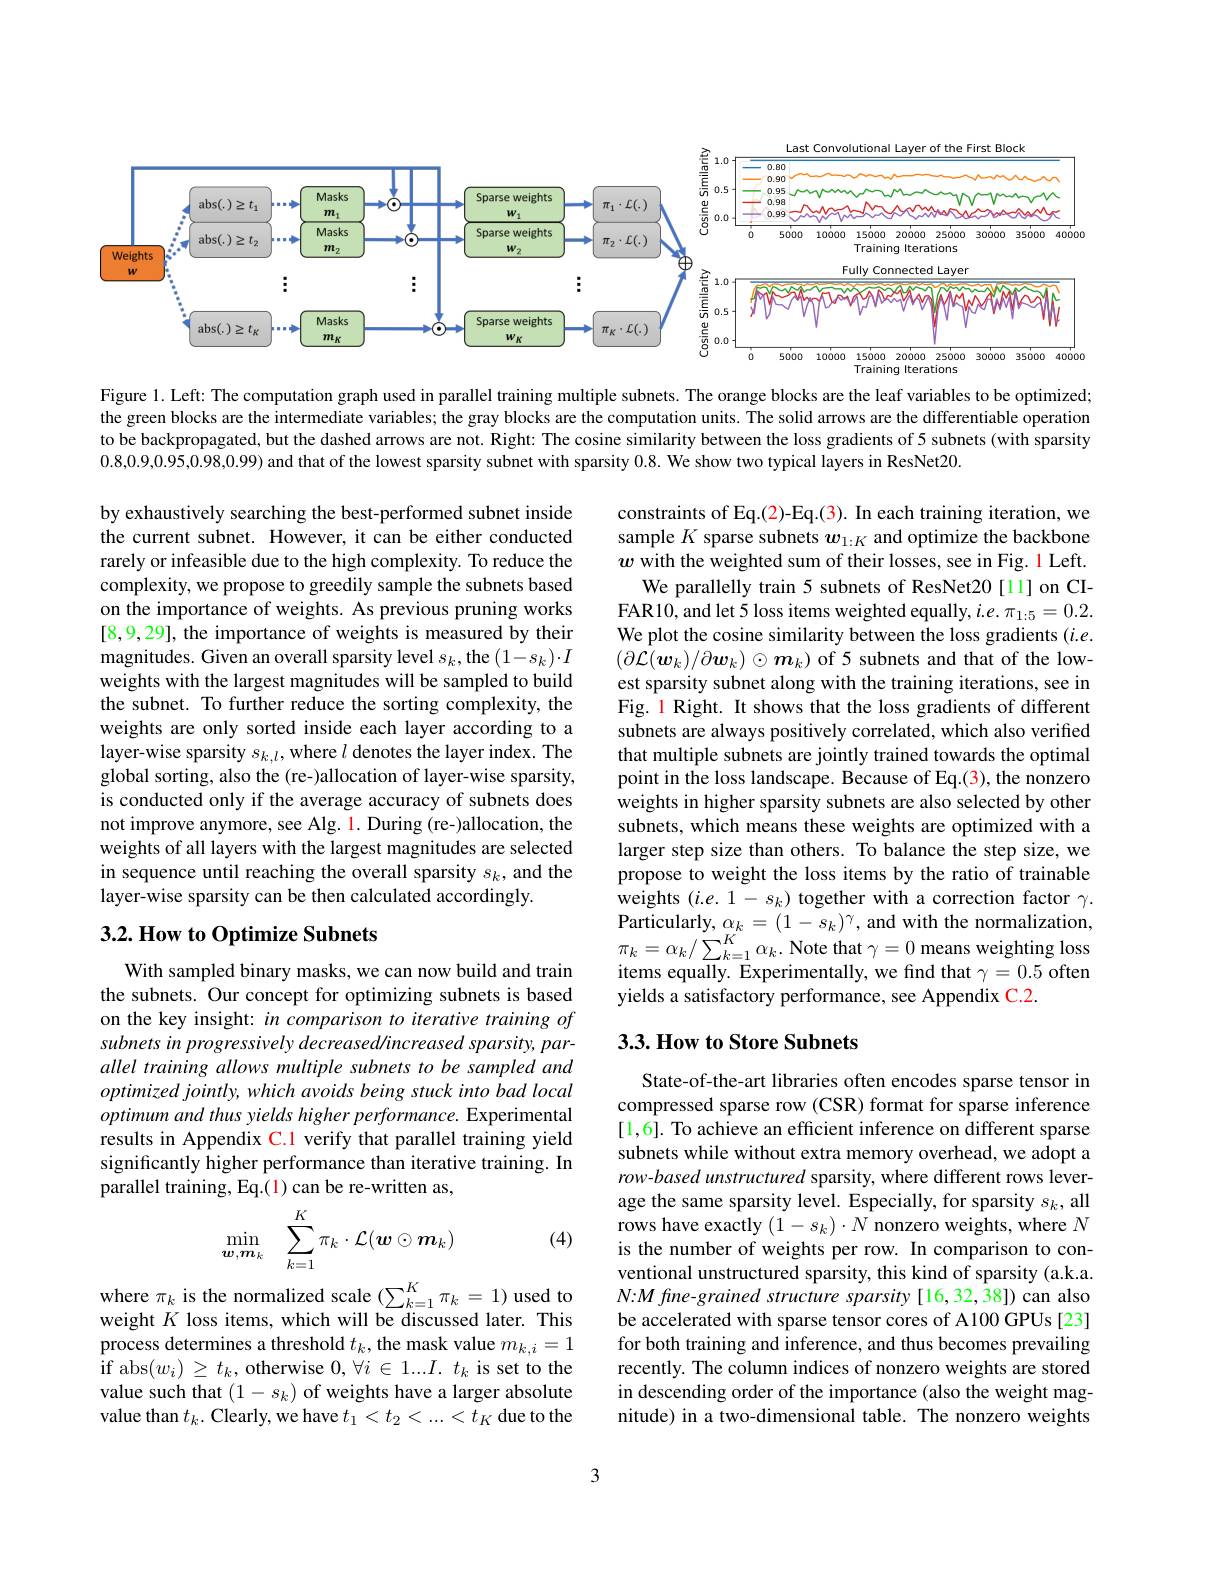
<FigureHere>

Figure 1. Left: The computation graph used in parallel training multiple subnets. The orange blocks are the leaf variables to be optimized; the green blocks are the intermediate variables; the gray blocks are the computation units. The solid arrows are the differentiable operation to be backpropagated, but the dashed arrows are not. Right: The cosine similarity between the loss gradients of 5 subnets (with sparsity 0.8,0.9,0.95,0.98,0.99) and that of the lowest sparsity subnet with sparsity 0.8. We show two typical layers in ResNet20.

by exhaustively searching the best-performed subnet inside the current subnet. However, it can be either conducted rarely or infeasible due to the high complexity. To reduce the complexity, we propose to greedily sample the subnets based on the importance of weights. As previous pruning works [8,9,29], the importance of weights is measured by their magnitudes. Given an overall sparsity level $s_k$,the $(1-s_k)\cdot I$ weights with the largest magnitudes will be sampled to build the subnet. To further reduce the sorting complexity, the weights are only sorted inside each layer according to a layer-wise sparsity $s_k,l$, where $l$ denotes the layer index. The global sorting, also the (re-)allocation of layer-wise sparsity, is conducted only if the average accuracy of subnets does not improve anymore, see Alg. 1. During (re-)allocation, the weights of all layers with the largest magnitudes are selected in sequence until reaching the overall sparsity $s_k$, and the layer-wise sparsity can be then calculated accordingly.

constraints of Eq.(2)-Eq.(3). In each training iteration, we sample $K$ sparse subnets $w_1:K$ and optimize the backbone $w$ with the weighted sum of their losses, see in Fig. 1 Left.
We parallelly train 5 subnets of ResNet20[1] on CIFAR10, and let 5 loss items weighted equally, i.e. $\pi_{1:5}=0.2.$ We plot the cosine similarity between the loss gradients ($i.e.$ $(\partial\mathcal{L}(\boldsymbol{w}_k)/\partial\boldsymbol{w}_k)\odot\boldsymbol{m}_k)$ of 5 subnets and that of the lowest sparsity subnet along with the training iterations, see in Fig. 1 Right. It shows that the loss gradients of different subnets are always positively correlated, which also verified that multiple subnets are jointly trained towards the optimal point in the loss landscape. Because of Eq.(3), the nonzero weights in higher sparsity subnets are also selected by other subnets, which means these weights are optimized with a larger step size than others. To balance the step size, we propose to weight the loss items by the ratio of trainable weights $(i.e.1-s_k)$ together with a correction factor $\gamma.$ ${\mathrm{Particularly,~}}\alpha_{k}=(1-s_{k})^{\gamma}$,and with the normalization, $\pi_{k}=\alpha_{k}/\sum_{k=1}^{K}\alpha_{k}.$ Note that $\gamma=0$ means weighting loss items equally. Experimentally, we find that $\gamma=0.5$ often yields a satisfactory performance, see Appendix C.2.

## $3. 2. \textbf{How to Optimize Subnets}$

## 3.3. How to Store Subnets

With sampled binary masks, we can now build and train the subnets. Our concept for optimizing subnets is based on the key insight: in comparison to iterative training of subnets in progressively decreased/increased sparsity, parallel training allows multiple subnets to be sampled and optimized jointly, which avoids being stuck into bad local optimum and thus yields higher performance. Experimental results in Appendix C.1 verify that parallel training yield significantly higher performance than iterative training. In parallel training, Eq.(1) can be re-written as,
$$\min_{\boldsymbol{w},\boldsymbol{m}_k}\quad\sum_{k=1}^K\pi_k\cdot\mathcal{L}(\boldsymbol{w}\odot\boldsymbol{m}_k)$$
(4)

State-of-the-art libraries often encodes sparse tensor in compressed sparse row (CSR) format for sparse inference [1,6]. To achieve an efficient inference on different sparse subnets while without extra memory overhead, we adopt a row-based unstructured sparsity, where different rows leverage the same sparsity level. Especially, for sparsity $s_k$, all rows have exactly $(1-s_k)\cdot N$ nonzero weights, where $N$ is the number of weights per row. In comparison to conventional unstructured sparsity, this kind of sparsity (a.k.a. $N{:}M$ fine-grained structure sparsity [16,32,38]) can also be accelerated with sparse tensor cores of A100 GPUs [23] for both training and inference, and thus becomes prevailing recently. The column indices of nonzero weights are stored in descending order of the importance (also the weight magnitude) in a two-dimensional table. The nonzero weights

where $\pi_k$ is the normalized scale $(\sum_k=1^K\pi_k=1)$ used to weight $K$ loss items, which will be discussed later. This process determines a threshold $t_k$, the mask value $m_{k,i}=1$ if abs$(w_{i})\geq t_{k}$,otherwise $0,\forall i\in1...I.t_{k}$ is set to the value such that $(1-s_k)$ of weights have a larger absolute value than $t_k.$ Clearly, we have $t_1<t_2<...<t_K$ due to the

3